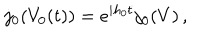
j _ { 0 } ( V _ { 0 } ( t ) ) = e ^ { i h _ { 0 } t } j _ { 0 } ( V ) \, ,